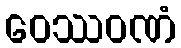
ဝေဿဝဏံ